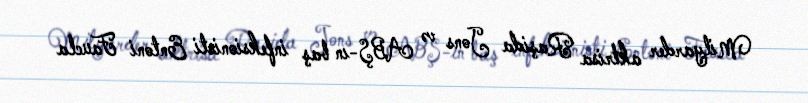
Milyarder aktrisa Raşida Jons və ABŞ-ın baş infeksionisti Entoni Faucla